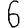
Digit: 6